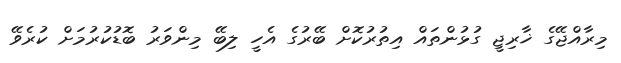
މިރާއްޖޭގެ ޚާރިޖީ ގުޅުންތައް އިތުރުކޮށް ބޭރުގެ އެހީ ލިބޭ މިންވަރު ބޮޑުކުރުމަށް ކުރެވޭ